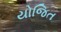
યોજિત